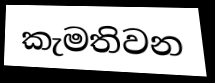
කැමතිවන